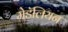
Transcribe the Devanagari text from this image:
मेडॅलियन